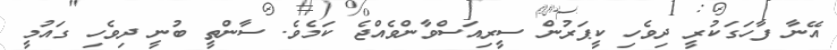
އޭނާ ފާހަގަކުރީ ދިވެހި ކީޕަރުން ސީރިއަސްވާންވެއްޖެ ކަމެވެ. ސާންތީ ބުނީ ދިވެހި ގައުމީ